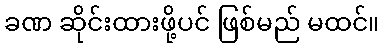
ခဏ ဆိုင်းထားဖို့ပင် ဖြစ်မည် မထင်။